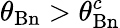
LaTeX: \theta_{\mathrm{Bn}}>\theta_{\mathrm{Bn}}^{c}